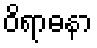
ဝိရာဓနာ